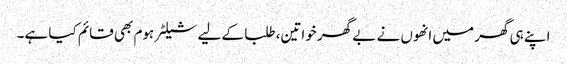
اپنے ہی گھر میں انھوں نے بے گھر خواتین، طلبا کے لیے شیلٹر ہوم بھی قائم کیا ہے۔